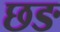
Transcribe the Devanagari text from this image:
छङ